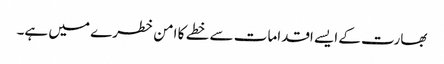
بھارت کے ایسے اقدامات سے خطے کا امن خطرے میں ہے۔